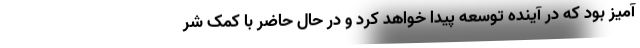
آمیز بود که در آینده توسعه پیدا خواهد کرد و در حال حاضر با کمک شر